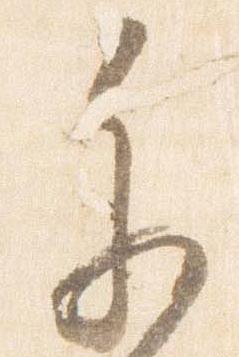
参